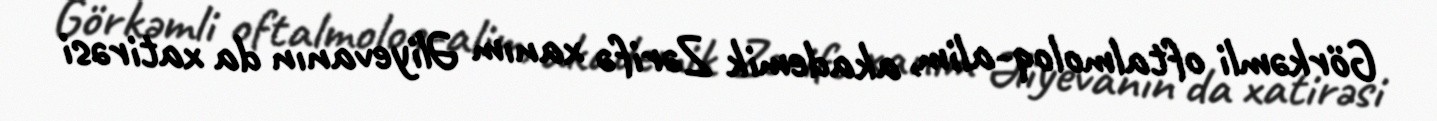
Görkəmli oftalmoloq-alim, akademik Zərifə xanım Əliyevanın da xatirəsi